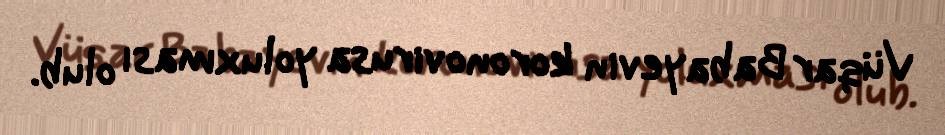
Vüqar Babayevin koronovirusa yoluxması olub.